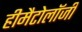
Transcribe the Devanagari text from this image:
हीमैटोलॉजी